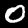
Digit: 0